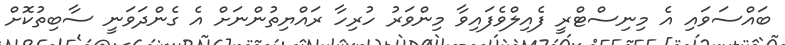
ބައްސަވައި އެ މިނިސްޓްރީ ފެއިލްވެފައިވާ މިންވަރު ހުރިހާ ރައްޔިތުންނަށް އެ ގެންދަވަނީ ސާބިތުކޮށް